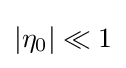
\left|\eta _{0}\right|\ll 1